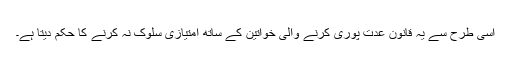
اسی طرح سے یہ قانون عدت پوری کرنے والی خواتین کے ساتھ امتیازی سلوک نہ کرنے کا حکم دیتا ہے۔